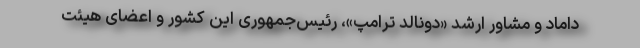
داماد و مشاور ارشد «دونالد ترامپ»، رئیس‌جمهوری این کشور و اعضای هیئت